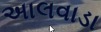
અાલવાડા